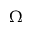
\Omega